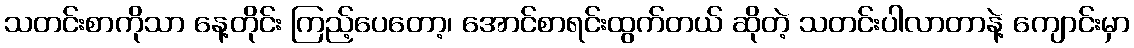
သတင်းစာကိုသာ နေ့တိုင်း ကြည့်ပေတော့၊ အောင်စာရင်းထွက်တယ် ဆိုတဲ့ သတင်းပါလာတာနဲ့ ကျောင်းမှာ